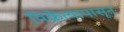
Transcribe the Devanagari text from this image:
विक्रेत्यापासून